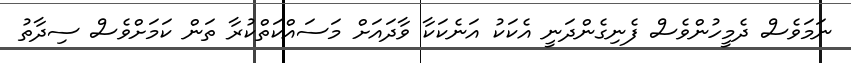
ނަމަވެސް ދެމީހުންވެސް ފެނިގެންދަނީ އެކަކު އަނެކަކާ ވާދައަށް މަސައްކަތްކުރާ ތަން ކަމަށްވެސް ސިދާތު